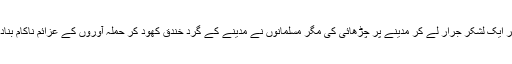
پھر ایک لشکر جرار لے کر مدینے پر چڑھائی کی مگر مسلمانوں نے مدینے کے گرد خندق کھود کر حملہ آوروں کے عزائم ناکام بنادیا۔